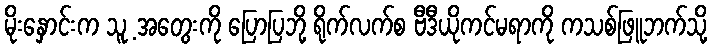
မိုးနှောင်းက သူ့ အတွေးကို ပြောပြဘို့ ရိုက်လက်စ ဗီဒီယိုကင်မရာကို ကသစ်ဖြူဘက်သို့